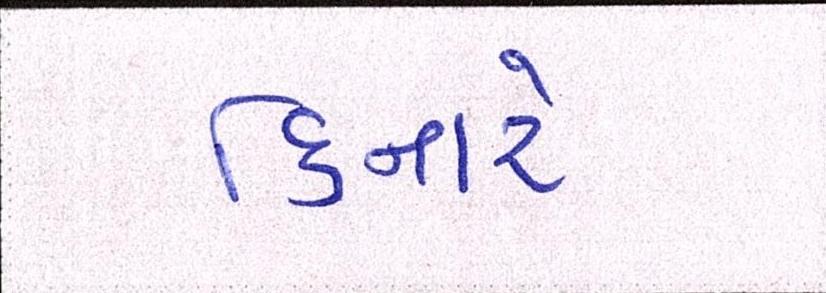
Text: કિનારે